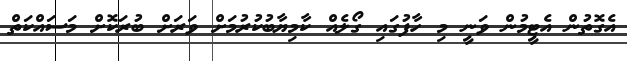
އެގޮތުން އެޓީމުން ވަނީ މި ހާފުގައި ގޯލެއް ކާމިޔާބުކުރުމަށް ވަރަށް ބުރަކޮށް މަސައްކަތް